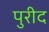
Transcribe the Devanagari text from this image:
पुरीद